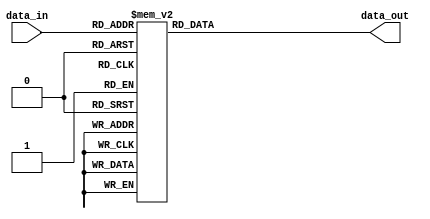
module inv_sbox (
   input  wire  [3:0] data_in,
   output reg   [3:0] data_out
);

always @(data_in)
    case (data_in)
        4'h0: data_out = 4'h5;
        4'h1: data_out = 4'hE;
        4'h2: data_out = 4'hF;
        4'h3: data_out = 4'h8;
        4'h4: data_out = 4'hC;
        4'h5: data_out = 4'h1;
        4'h6: data_out = 4'h2;
        4'h7: data_out = 4'hD;
        4'h8: data_out = 4'hB;
        4'h9: data_out = 4'h4;
        4'hA: data_out = 4'h6;
        4'hB: data_out = 4'h3;
        4'hC: data_out = 4'h0;
        4'hD: data_out = 4'h7;
        4'hE: data_out = 4'h9;
        4'hF: data_out = 4'hA;
    endcase

endmodule